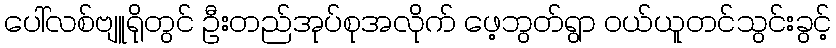
ပေါ်လစ်ဗျူရိုတွင် ဦးတည်အုပ်စုအလိုက် ဖေ့ဘွတ်ရွာ ဝယ်ယူတင်သွင်းခွင့်